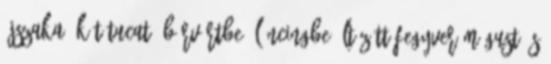
éjszaka, két tucat, bőrvértbe, láncingbe öltözött fegyver mágust és